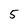
Character: 5